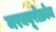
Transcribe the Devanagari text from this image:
मरक्यूरोक्रोम